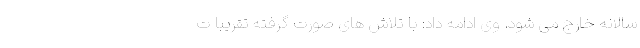
سالانه خارج می شود. وی ادامه داد: با تلاش های صورت گرفته تقریبا ت